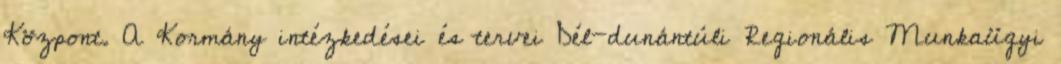
Központ. A Kormány intézkedései és tervei Dél-dunántúli Regionális Munkaügyi